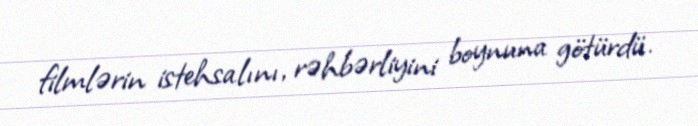
filmlərin istehsalını, rəhbərliyini boynuna götürdü.